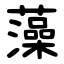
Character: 藻